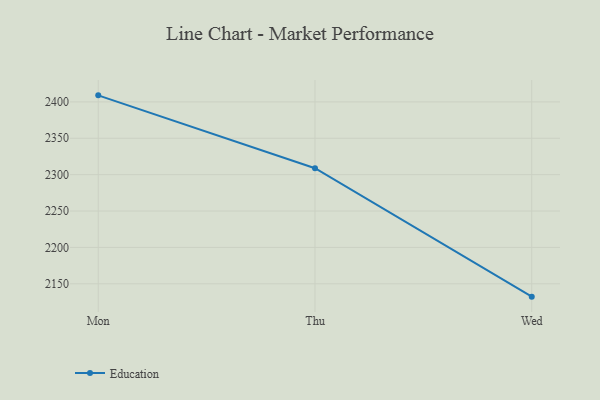
{"axis": {"x": "Day", "y": "Bounce Rate (%)"}, "legend": ["Education"], "data": [{"x": "Mon", "y": 2409.0, "type": "Education"}, {"x": "Thu", "y": 2308.8, "type": "Education"}, {"x": "Wed", "y": 2132.3, "type": "Education"}]}